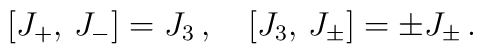
\left[ J_{+},\,J_{-}\right] =J_3\,,\quad  \left[ J_3,\,J_{\pm}\right] =\pm J_{\pm}\,.